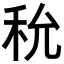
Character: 𥝲